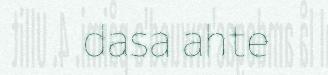
dasa ahte